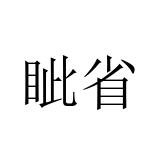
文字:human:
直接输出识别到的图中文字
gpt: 眦省